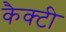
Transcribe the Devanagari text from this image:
कैक्टी